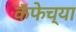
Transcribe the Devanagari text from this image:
कॅफेच्या